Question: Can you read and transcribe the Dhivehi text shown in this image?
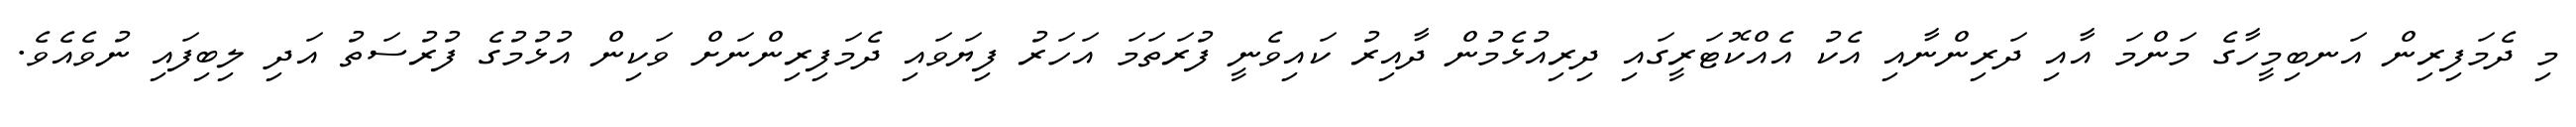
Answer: މި ދެމަފިރިން އަނބިމީހާގެ މަންމަ އާއި ދަރިންނާއި އެކު އެއްކޮޓަރީގައި ދިރިއުޅެމުން ދާއިރު ކައިވެނީ ފުރަތަމަ އަހަރު ފިޔަވައި ދެމަފިރިންނަށް ވަކިން އުޅުމުގެ ފުރުސަތު އަދި ލިބިފައި ނުވެއެވެ.